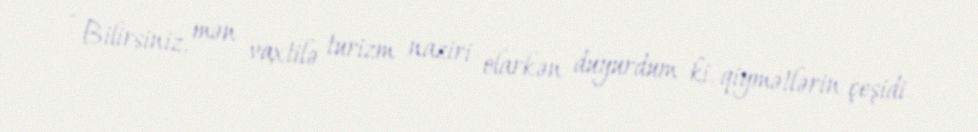
- Bilirsiniz, mən vaxtilə turizm naziri olarkən duyurdum ki, qiymətlərin çeşidi